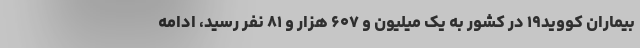
بیماران کووید۱۹ در کشور به یک میلیون و ۶۰۷ هزار و ۸۱ نفر رسید، ادامه